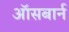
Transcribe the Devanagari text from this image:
ऑसबार्न